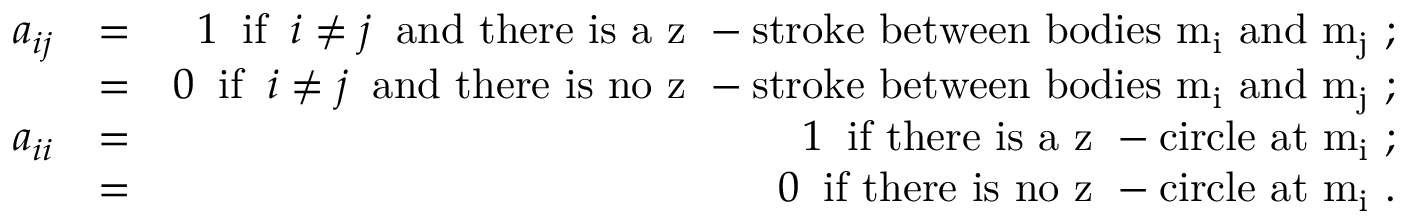
\begin{array} { r l r } { a _ { i j } } & { = } & { 1 \; \; \mathrm { i f } \; \; i \neq j \; \; \mathrm { a n d ~ t h e r e ~ i s ~ a ~ z ~ - s t r o k e ~ b e t w e e n ~ b o d i e s ~ m _ i ~ a n d ~ m _ j ~ } ; } \\ & { = } & { 0 \; \; \mathrm { i f } \; \; i \neq j \; \; \mathrm { a n d ~ t h e r e ~ i s ~ n o ~ z ~ - s t r o k e ~ b e t w e e n ~ b o d i e s ~ m _ i ~ a n d ~ m _ j ~ } ; } \\ { a _ { i i } } & { = } & { 1 \; \; \mathrm { i f ~ t h e r e ~ i s ~ a ~ z ~ - c i r c l e ~ a t ~ m _ i ~ } ; } \\ & { = } & { 0 \; \; \mathrm { i f ~ t h e r e ~ i s ~ n o ~ z ~ - c i r c l e ~ a t ~ m _ i ~ } . } \end{array}